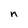
Character: n